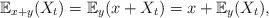
LaTeX: \begin{align*} \mathbb{E}_{x+y}(X_t)=\mathbb{E}_y(x+X_t)=x+\mathbb{E}_y(X_t),\end{align*}